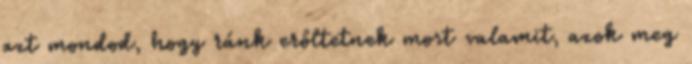
azt mondod, hogy ránk erőltetnek most valamit, azok meg